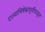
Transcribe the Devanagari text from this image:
राज्याभिषेकापूर्वीपासून